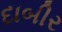
દાબીર